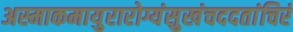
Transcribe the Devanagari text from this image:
अस्माकमायुरारोग्यंसुखंचददतांचिरं